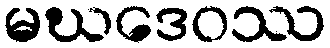
မဃဒေဝဿ